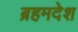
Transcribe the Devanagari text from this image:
ब्रहमदेश